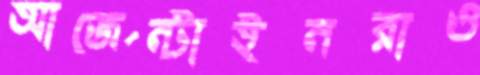
আর্জেন্টাইনরাও